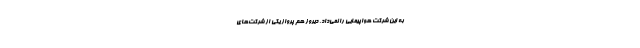
به این شرکت هواپیمایی را نمی‌داد. دیروز هم پرواز یکی از شرکت‌های